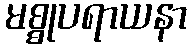
မစ္စုပရာယနာ